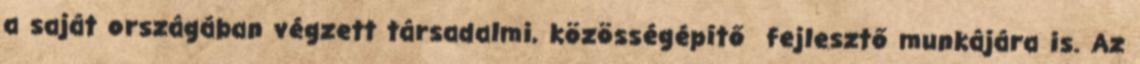
a saját országában végzett társadalmi, közösségépítő fejlesztő munkájára is. Az